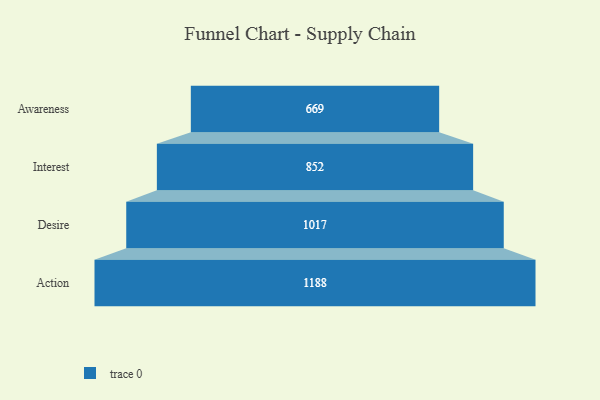
{"axis": {"x": "Stage", "y": "Value"}, "legend": [""], "data": [{"x": "Awareness", "y": 669.0, "type": ""}, {"x": "Interest", "y": 852.0, "type": ""}, {"x": "Desire", "y": 1017.0, "type": ""}, {"x": "Action", "y": 1188.0, "type": ""}]}